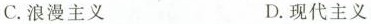
C.浪漫主义 D.现代主义